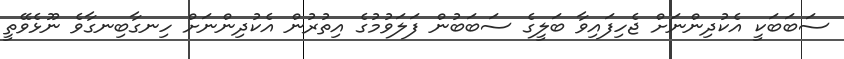
ސަބަބަކީ އެކުދިންނަށް ޖެހިފައިވާ ބަލީގެ ސަބަބުން ފަލަވުމުގެ އިތުރުން އެކުދިންނަށް ހިނގާބިނގާވެ ނޫޅެވޭތީ